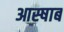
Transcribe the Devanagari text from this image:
आस्षाब